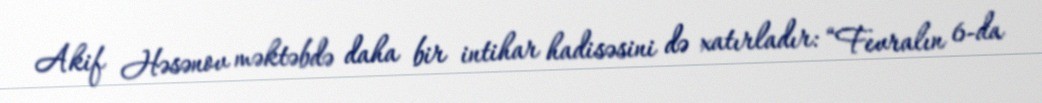
Akif Həsənov məktəbdə daha bir intihar hadisəsini də xatırladır: “Fevralın 6-da